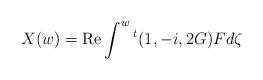
LaTeX: \begin{align*}X(w)=\mathrm{Re}\int^w {}^t(1,-i,2G)Fd\zeta\end{align*}